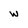
Character: w